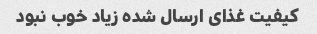
کیفیت غذای ارسال شده زیاد خوب نبود